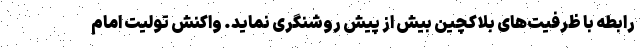
رابطه با ظرفیت‌های بلاکچین بیش از پیش روشنگری نماید. واکنش تولیت امام